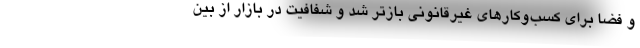
و فضا برای کسب‌وکار‌های غیرقانونی بازتر شد و شفافیت در بازار از بین